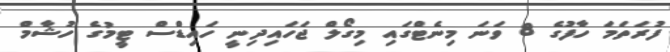
ފުރަތަމަ ހާފުގެ 8 ވަނަ މިނެޓްގައި މިގޯލް ޖަހައިދިނީ ހައިޑްސް ޓީމުގެ ހުޝާމް